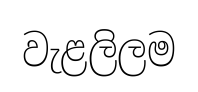
වැළලිලම